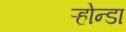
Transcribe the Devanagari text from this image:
ऱ्होन्डा